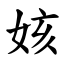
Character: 姟